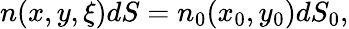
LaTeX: \begin{array}{r}{n(x,y,\xi)dS=n_{0}(x_{0},y_{0})dS_{0},}\end{array}